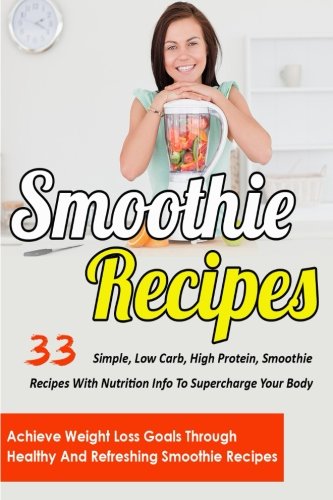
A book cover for Smoothie Recipes: 33 Simple, Low Carb, High Protein Smoothie Recipes With Nutrition Info To Supercharge Your Body-Achieve Weight Loss Goals Through ... Smoothie Recipes For Weight Loss) (Volume 5); Stephanie Adams; Cookbooks, Food & Wine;